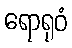
ရောရုဝံ